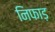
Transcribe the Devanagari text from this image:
निफाड़